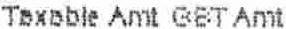
TAXABLE AMT GST AMT